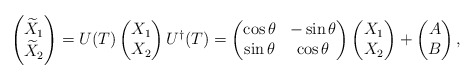
\begin{align*}\begin{pmatrix}\widetilde{X}_1\\\widetilde{X}_2\end{pmatrix}=U(T)\begin{pmatrix}X_1\\X_2\end{pmatrix}U^{\dagger}(T)=\begin{pmatrix}\cos \theta & -\sin \theta\\\sin \theta & \cos \theta\end{pmatrix}\begin{pmatrix}X_1\\X_2\end{pmatrix}+\begin{pmatrix}A\\B\end{pmatrix},\end{align*}